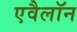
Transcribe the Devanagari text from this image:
एवैलॉन